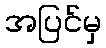
အပြင်မှ